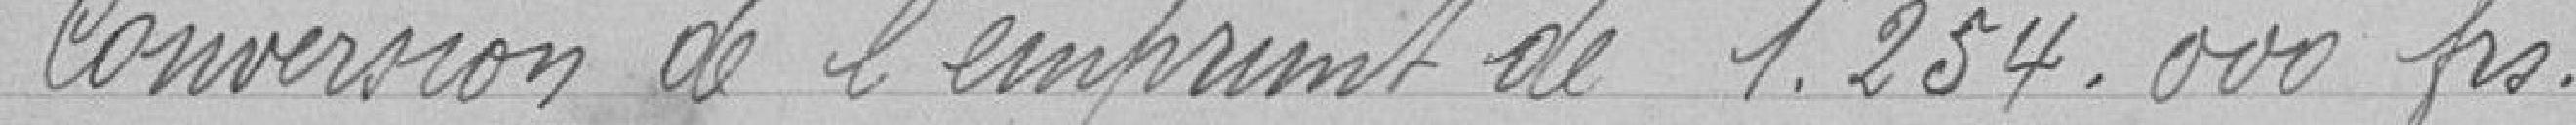
Conversion de l'emprunt de 1.254.000 francs